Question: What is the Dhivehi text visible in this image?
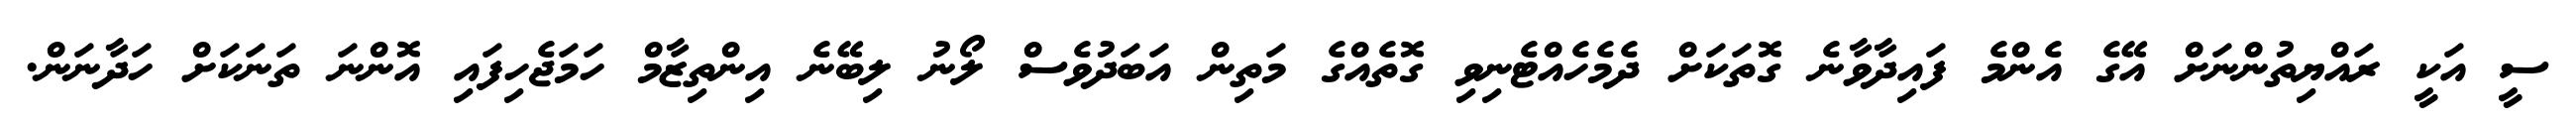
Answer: ސީ އަކީ ރައްޔިތުންނަށް އޭގެ އެންމެ ފައިދާވާނެ ގޮތަކަށް ދެމެހެއްޓެނިވި ގޮތެއްގެ މަތިން އަބަދުވެސް ލޯނު ލިބޭނެ އިންތިޒާމް ހަމަޖެހިފައި އޮންނަ ތަނަކަށް ހަދާނަން.